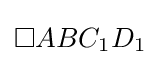
\square ABC_{1}D_{1}